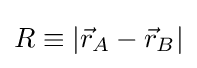
R\equiv |{\vec {r}}_{A}-{\vec {r}}_{B}|